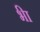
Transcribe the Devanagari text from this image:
भ्‍ीा